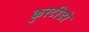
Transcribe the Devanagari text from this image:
कुरटीडो